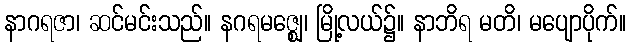
နာဂရဇာ၊ ဆင်မင်းသည်။ နဂရမဇ္ဈေ၊ မြို့လယ်၌။ နာဘိရ မတိ၊ မပျောပိုက်။